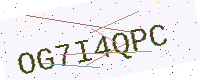
Text: OG7I4QPC